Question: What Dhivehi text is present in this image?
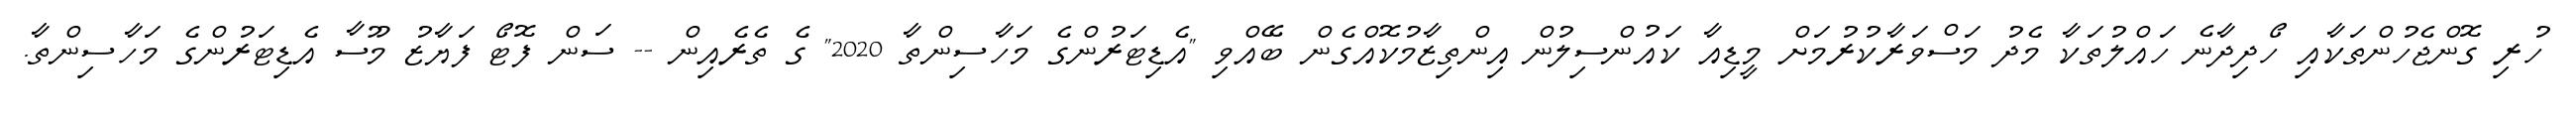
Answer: ހުރި ގޮންޖެހުންތަކާއި ހޯދިދާނެ ހައްލުތަކާ މެދު މަސްވަރާކުރުމަށް މީޑިއާ ކައުންސިލުން އިންތިޒާމުކޮއްގެން ބޭއްވި "އެޑިޓަރުންގެ މަހާސިންތާ 2020" ގެ ތެރެއިން -- ސަން ފޮޓޯ ފަޔާޒު މޫސާ އެޑިޓަރުންގެ މަހާސިންތާ.